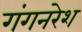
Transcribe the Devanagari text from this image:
गंगनरेश